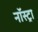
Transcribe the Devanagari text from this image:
नॉस्ट्रा